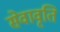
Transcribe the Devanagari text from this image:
सेवावृति